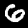
Label: 6